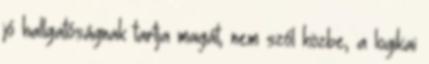
jó hallgatóságnak tartja magát, nem szól közbe, a logikai